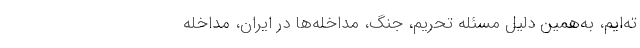
ته‌ایم، به‌همین دلیل مسئله تحریم، جنگ، مداخله‌ها در ایران، مداخله